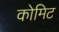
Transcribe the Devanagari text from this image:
कोमिट